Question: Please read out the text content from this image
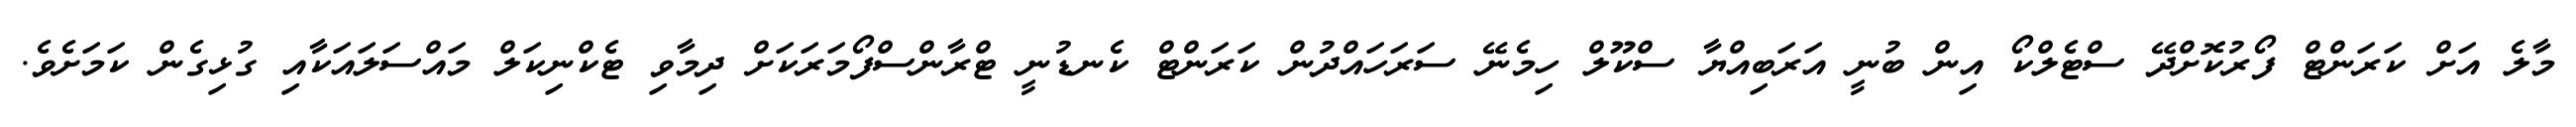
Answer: މާލެ އަށް ކަރަންޓް ފޯރުކޮށްދޭ ސްޓެލްކޯ އިން ބުނީ އަރަބިއްޔާ ސްކޫލް ހިމެނޭ ސަރަހައްދުން ކަރަންޓް ކެނޑުނީ ޓްރާންސްފޯމަރަކަށް ދިމާވި ޓެކްނިކަލް މައްސަލައަކާއި ގުޅިގެން ކަމަށެވެ.